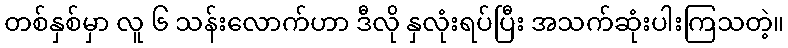
တစ်နှစ်မှာ လူ ၆ သန်းလောက်ဟာ ဒီလို နှလုံးရပ်ပြီး အသက်ဆုံးပါးကြသတဲ့။